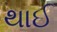
થાઈ